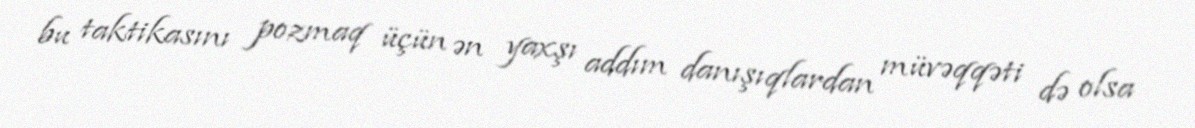
bu taktikasını pozmaq üçün ən yaxşı addım danışıqlardan müvəqqəti də olsa